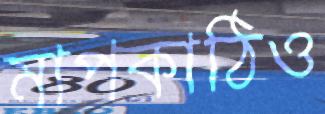
মাপকাঠিও